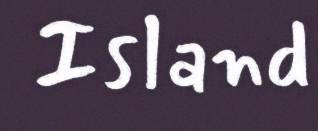
Island